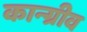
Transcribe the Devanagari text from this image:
कान्ग्रीव